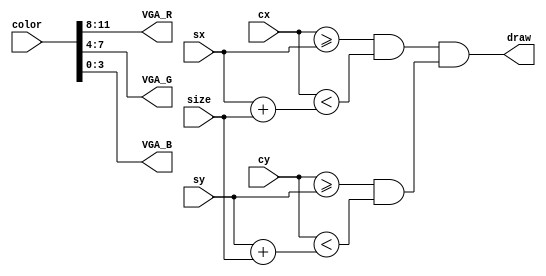
`timescale 1ns / 1ps
//////////////////////////////////////////////////////////////////////////////////
// Company: 
// Engineer: 
// 
// Design Name: 
// Module Name: square
// Project Name: 
// Target Devices: 
// Tool Versions: 
// Description: 
// 
// Dependencies: 
// 
// Revision:
// Revision 0.01 - File Created
// Additional Comments:
// 
//////////////////////////////////////////////////////////////////////////////////


module square(
    input [11:0] color,
    input [9:0] sx,
    input [9:0] sy,
    input [9:0] cx,
    input [9:0] cy,
    input [9:0] size,
    output [3:0] VGA_R,
    output [3:0] VGA_G,
    output [3:0] VGA_B,
    output draw
    );
    
    assign draw = ((cx >= sx) && (cx < sx + size)) && ((cy >= sy) && (cy < sy + size));
    assign VGA_R = color[11:8];
    assign VGA_G = color[7:4];
    assign VGA_B = color[3:0];     
endmodule